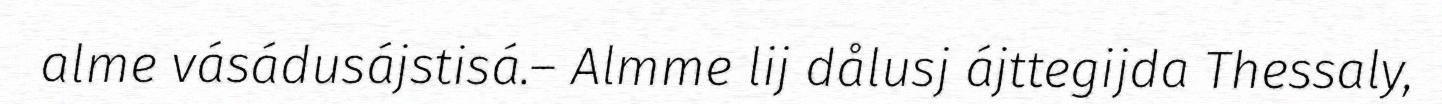
alme vásádusájstisá.– Almme lij dålusj ájttegijda Thessaly,